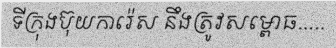
ទីក្រុងប៊ុយការ៉េស នឹងត្រូវសម្ពោធ.....